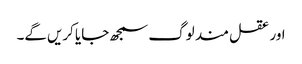
اور عقل مند لوگ سمجھ جایا کریں‌گے۔